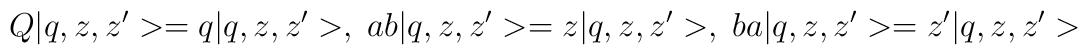
Q|q,z,z^{\prime }>=q|q,z,z^{\prime }>, \; ab|q,z,z^{\prime }>=z|q,z,z^{\prime}>, \; ba|q,z,z^{\prime }>=z^{\prime }|q,z,z^{\prime }>